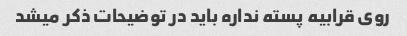
روی قرابیه پسته نداره باید در توضیحات ذکر میشد